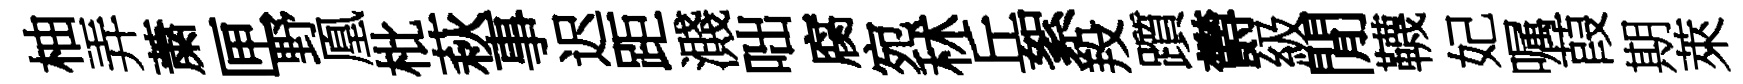
柚弄䔥匣野凰枇萩事迟距濺咄腐宛秫丘絮羖躓欝級閒韈妃嘱葭期萊